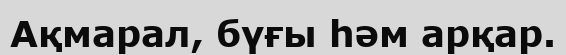
Ақмарал, бүғы һәм арқар.